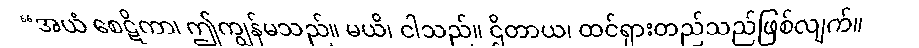
“အယံ စေဋိကာ၊ ဤကျွန်မသည်။ မယိ၊ ငါသည်။ ဌိတာယ၊ ထင်ရှားတည်သည်ဖြစ်လျက်။